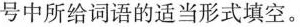
号中所给词语的适当形式填空。